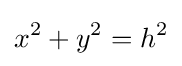
x^{2}+y^{2}=h^{2}